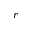
r